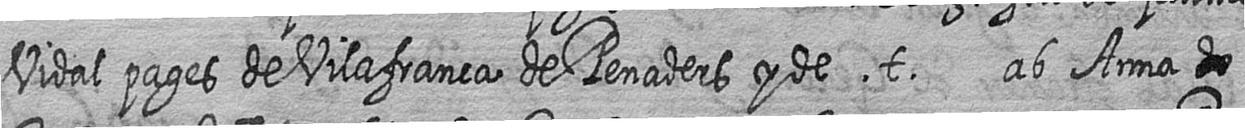
Vidal pages de Vilafranca de Penaders y de t ab Anna #